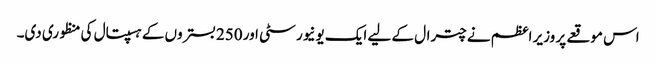
اس موقعے پر وزیر اعظم نے چترال کے لیے ایک یونیورسٹی اور 250 بستروں کے ہسپتال کی منظوری دی۔